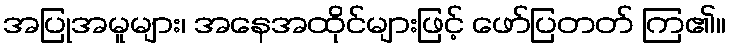
အပြုအမူများ၊ အနေအထိုင်များဖြင့် ဖော်ပြတတ် ကြ၏။